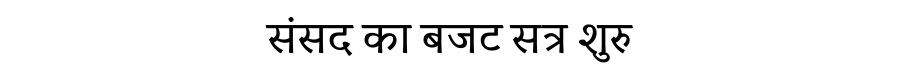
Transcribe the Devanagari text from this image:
संसद का बजट सत्र शुरु